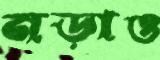
নড়াও